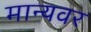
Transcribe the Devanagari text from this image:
मान्‍यवर